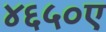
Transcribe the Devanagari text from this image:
४६५०ए